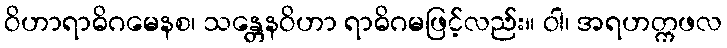
ဝိဟာရာဓိဂမေနစ၊ သန္တေနဝိဟာ ရာဓိဂမဖြင့်လည်း။ ဝါ၊ အရဟတ္ကဖလ